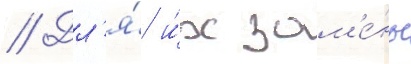
// Дл'я́ и́х зам'е́ны